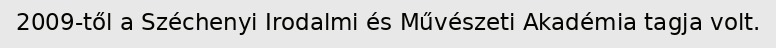
2009-től a Széchenyi Irodalmi és Művészeti Akadémia tagja volt.